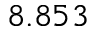
8 . 8 5 3